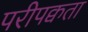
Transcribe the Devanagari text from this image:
परीपक्वता